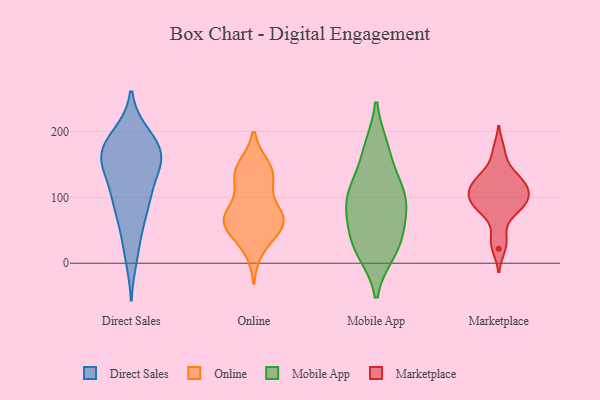
{"axis": {"x": "Conversion Rate (%)", "y": "Value"}, "legend": ["Direct Sales", "Marketplace", "Mobile App", "Online"], "data": [{"x": "", "y": 193, "type": "Direct Sales"}, {"x": "", "y": 186, "type": "Direct Sales"}, {"x": "", "y": 153, "type": "Direct Sales"}, {"x": "", "y": 182, "type": "Direct Sales"}, {"x": "", "y": 90, "type": "Direct Sales"}, {"x": "", "y": 148, "type": "Direct Sales"}, {"x": "", "y": 153, "type": "Direct Sales"}, {"x": "", "y": 93, "type": "Direct Sales"}, {"x": "", "y": 157, "type": "Direct Sales"}, {"x": "", "y": 11, "type": "Direct Sales"}, {"x": "", "y": 160, "type": "Direct Sales"}, {"x": "", "y": 84, "type": "Direct Sales"}, {"x": "", "y": 171, "type": "Direct Sales"}, {"x": "", "y": 42, "type": "Direct Sales"}, {"x": "", "y": 109, "type": "Direct Sales"}, {"x": "", "y": 145, "type": "Online"}, {"x": "", "y": 72, "type": "Online"}, {"x": "", "y": 72, "type": "Online"}, {"x": "", "y": 59, "type": "Online"}, {"x": "", "y": 137, "type": "Online"}, {"x": "", "y": 136, "type": "Online"}, {"x": "", "y": 61, "type": "Online"}, {"x": "", "y": 124, "type": "Online"}, {"x": "", "y": 66, "type": "Online"}, {"x": "", "y": 23, "type": "Online"}, {"x": "", "y": 61, "type": "Online"}, {"x": "", "y": 46, "type": "Mobile App"}, {"x": "", "y": 59, "type": "Mobile App"}, {"x": "", "y": 109, "type": "Mobile App"}, {"x": "", "y": 73, "type": "Mobile App"}, {"x": "", "y": 174, "type": "Mobile App"}, {"x": "", "y": 17, "type": "Mobile App"}, {"x": "", "y": 104, "type": "Mobile App"}, {"x": "", "y": 93, "type": "Mobile App"}, {"x": "", "y": 16, "type": "Mobile App"}, {"x": "", "y": 176, "type": "Mobile App"}, {"x": "", "y": 100, "type": "Mobile App"}, {"x": "", "y": 27, "type": "Mobile App"}, {"x": "", "y": 129, "type": "Mobile App"}, {"x": "", "y": 84, "type": "Marketplace"}, {"x": "", "y": 144, "type": "Marketplace"}, {"x": "", "y": 104, "type": "Marketplace"}, {"x": "", "y": 22, "type": "Marketplace"}, {"x": "", "y": 116, "type": "Marketplace"}, {"x": "", "y": 97, "type": "Marketplace"}, {"x": "", "y": 88, "type": "Marketplace"}, {"x": "", "y": 173, "type": "Marketplace"}, {"x": "", "y": 41, "type": "Marketplace"}, {"x": "", "y": 122, "type": "Marketplace"}, {"x": "", "y": 119, "type": "Marketplace"}, {"x": "", "y": 98, "type": "Marketplace"}, {"x": "", "y": 76, "type": "Marketplace"}, {"x": "", "y": 128, "type": "Marketplace"}]}